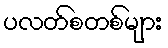
ပလတ်စတစ်များ